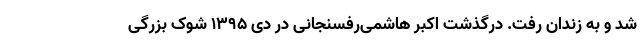
شد و به زندان رفت. درگذشت اکبر هاشمی‌رفسنجانی در دی ۱۳۹۵ شوک بزرگی